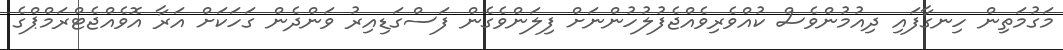
މަގުމަތިން ހިނގާފައި ދިއުމުންވެސް ކުއްވެރިވެއްޖެފުލުހުންނަށް ފިލަންވެގެން ފަސްގަޑިއިރު ވަންދެން ގަހަކަށް އަރާ އޮވެއްޖެޓްރަމްޕްގެ